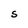
Character: S